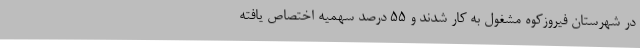
در شهرستان فیروزکوه مشغول به کار شدند و 55 درصد سهمیه اختصاص یافته